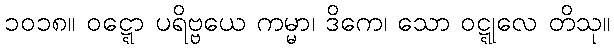
၁၀၁၈။ ဝဋ္ဋော ပရိဗ္ဗယေ ကမ္မာ၊ ဒိကေ၊ သော ဝဋ္ဋုလေ တိသု။